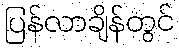
ပြန်လာချိန်တွင်